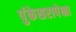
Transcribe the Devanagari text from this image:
पुंकेसरापेक्षा